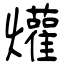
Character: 爟